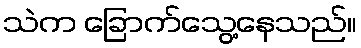
သဲက ခြောက်သွေ့နေသည်။